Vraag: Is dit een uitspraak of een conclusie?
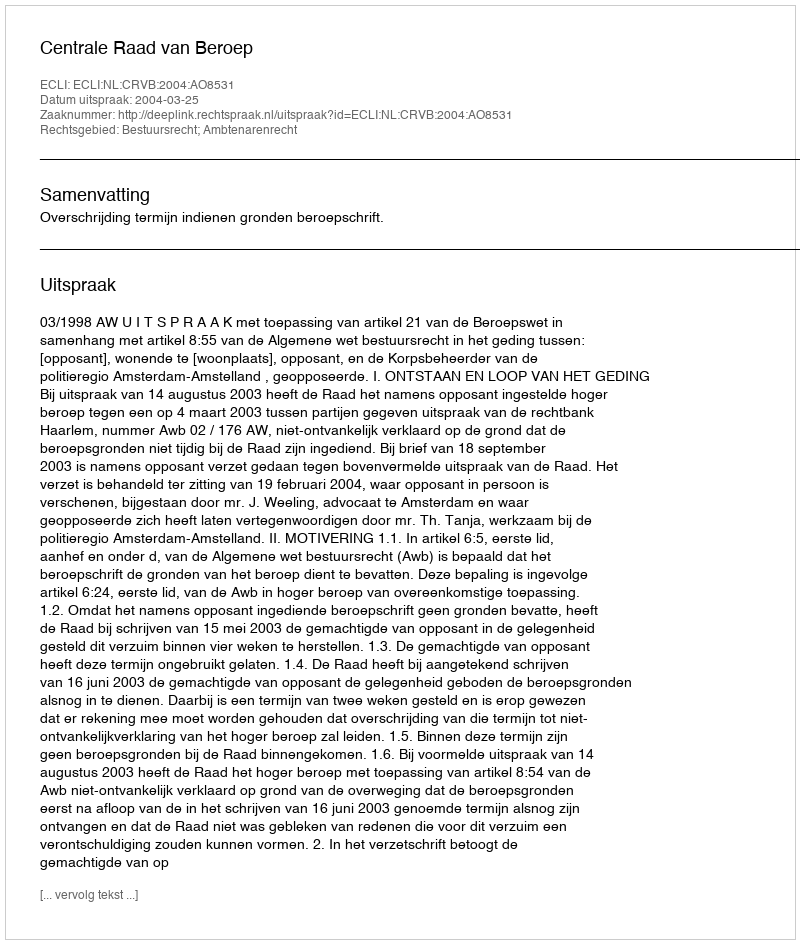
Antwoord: Uitspraak